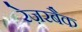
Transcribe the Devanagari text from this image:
रेज़रबैक